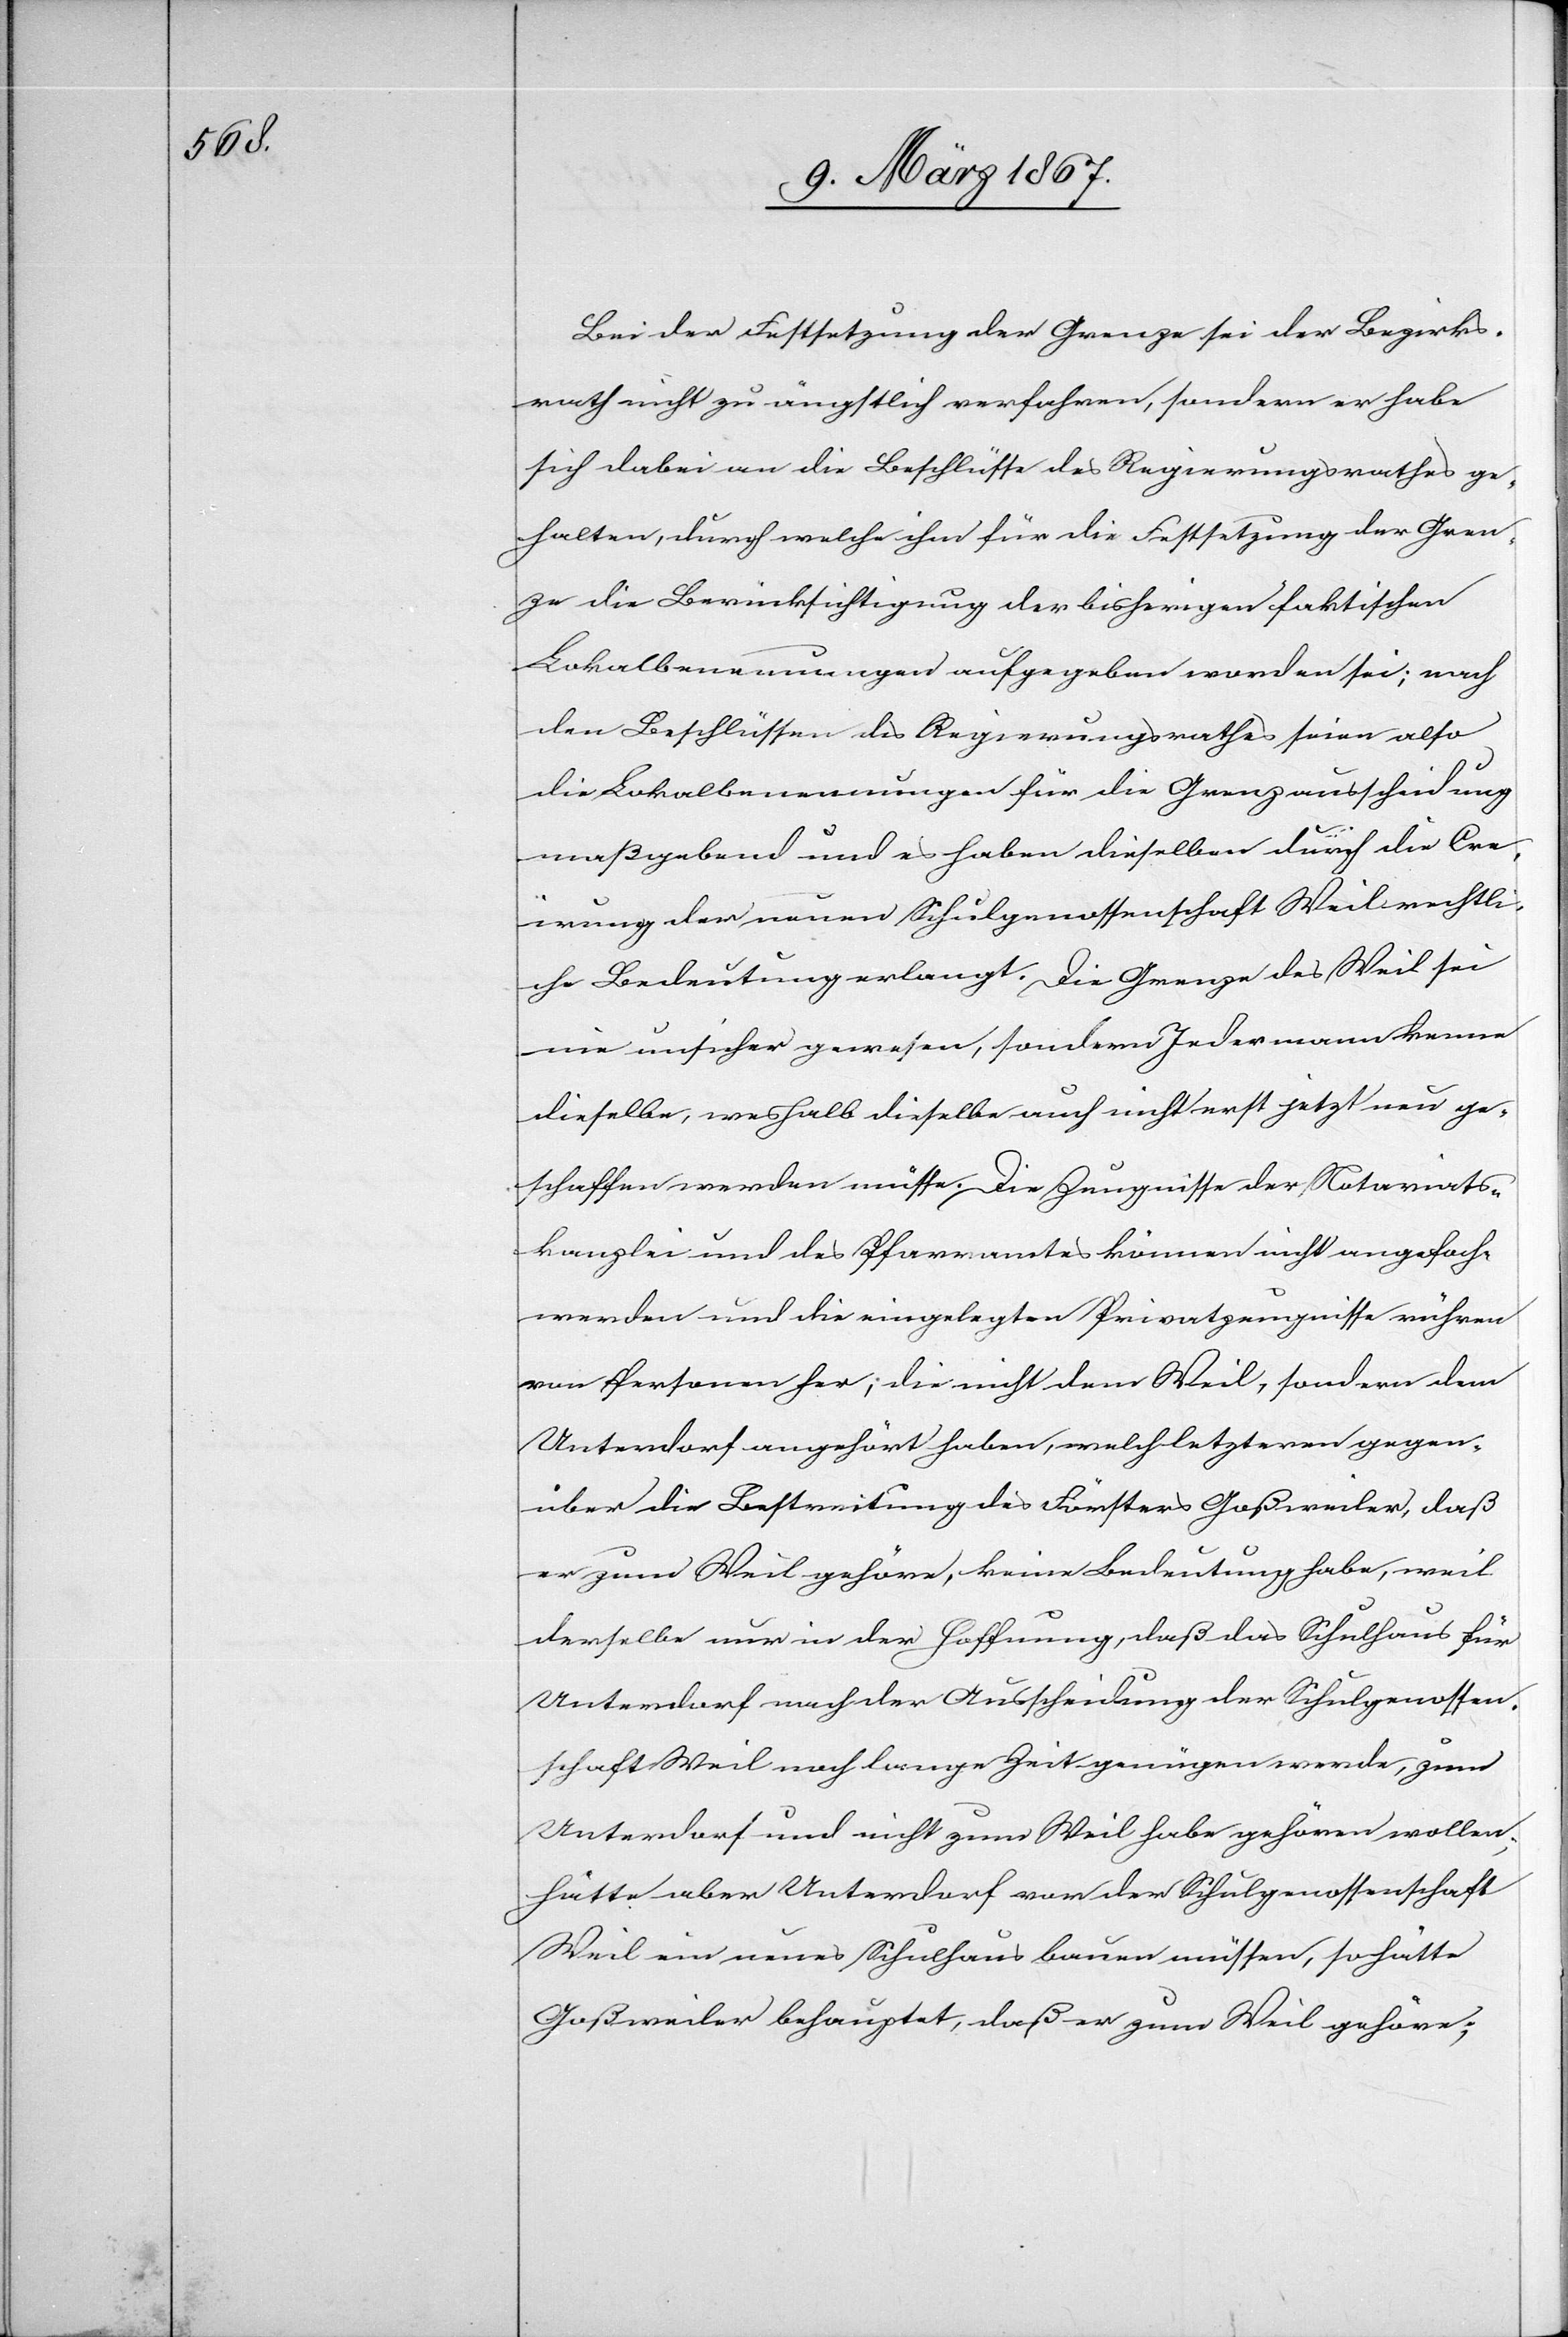
Bei der Festsetzung der Grenze sei der Bezirks¬
rath nicht zu ängstlich verfahren, sondern er habe
sich dabei an die Beschlüsse des Regierungsrathes ge¬
halten, durch welche ihm für die Festsetzung der Gren¬
ze die Berücksichtigung der bisherigen faktischen
Lokalbenennungen aufgegeben worden sei; nach
den Beschlüssen des Regierungsrathes seien also
die Lokalbenennungen für die Grenzausscheidung
maßgebend und es haben dieselben durch die Cre¬
irung der neuen Schulgenossenschaft Weil rechtli¬
che Bedeutung erlangt. Die Grenze des Weil sei
nie unsicher gewesen, sondern Jedermann kenne
dieselbe, weshalb dieselbe auch nicht erst jetzt neu ge¬
schaffen werden müsse. Die Zeugnisse der Notariats¬
kanzlei und des Pfarramtes können nicht angefoch.
werden und die eingelegten Privatzeugnisse rühren
von Personen her; die nicht dem Weil, sondern dem
Unterdorf angehört haben, welch letzteren gegen¬
über die Bestreitung des Försters Goßweiler, daß
er zum Weil gehöre, keine Bedeutung habe, weil
derselbe nur in der Hoffnung, daß das Schulhaus für
Unterdorf nach der Ausscheidung der Schulgenossen¬
schaft Weil nach langer Zeit genügen werde, zum
Unterdorf und nicht zum Weil habe gehören wollen.
Hätte aber Unterdorf vor der Schulgenossenschaft
Weil ein neues Schulhaus bauen müssen, so hätte
Goßweiler behauptet, daß er zum Weil gehöre;